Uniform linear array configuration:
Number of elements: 4
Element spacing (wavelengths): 1
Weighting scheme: hamming
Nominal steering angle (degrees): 30
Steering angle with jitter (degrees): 31.518
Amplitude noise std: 0.05
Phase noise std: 0.05

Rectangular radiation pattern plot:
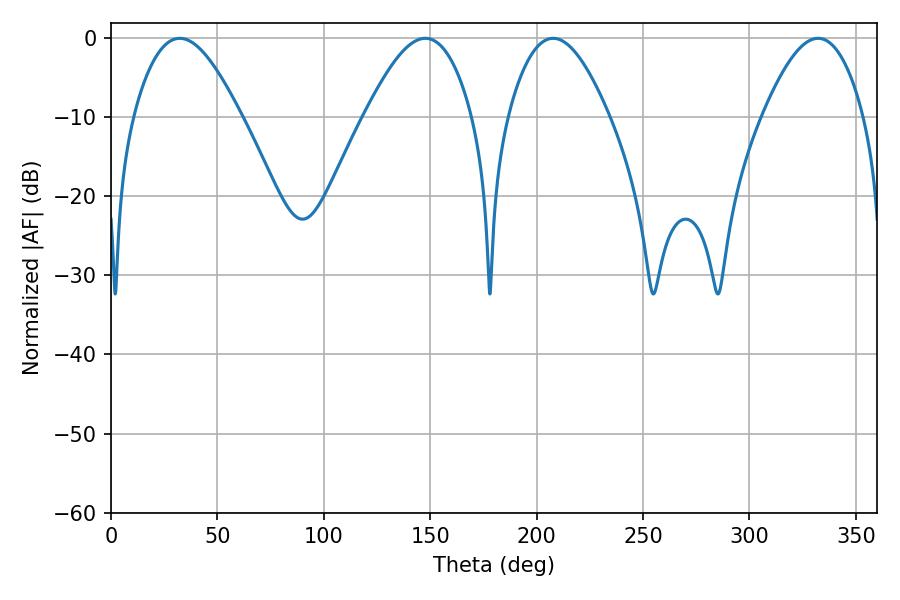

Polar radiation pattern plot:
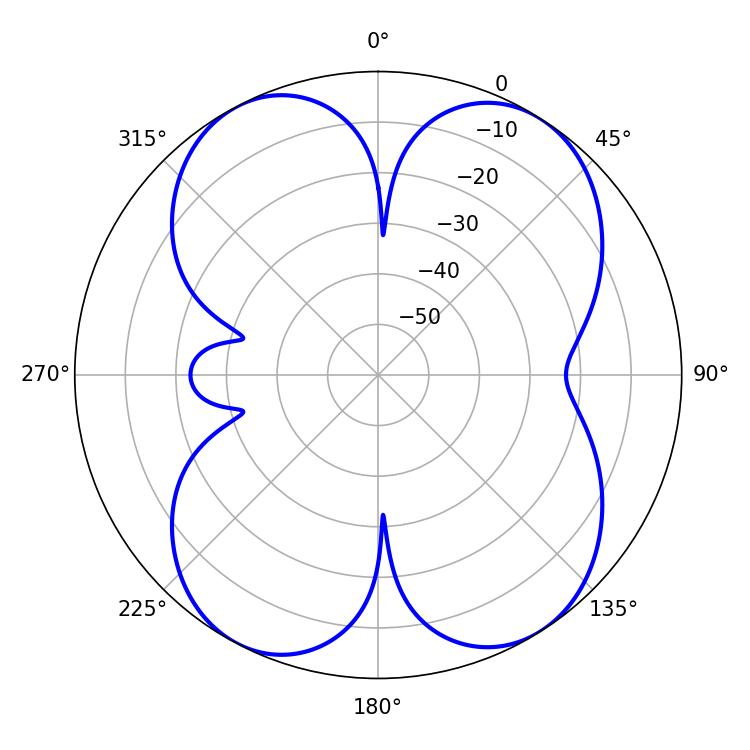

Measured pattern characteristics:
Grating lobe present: TRUE
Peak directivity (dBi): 12.629
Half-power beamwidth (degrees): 25.74
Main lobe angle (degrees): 207.72